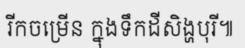
រីកចម្រើន ក្នុងទឹកដីសិង្ហបុរី៕